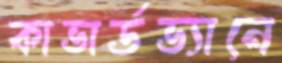
কাভার্ডভ্যানে